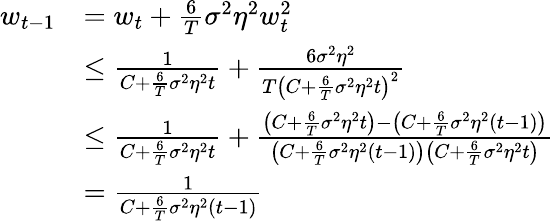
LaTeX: \begin{array}{rl}{w_{t-1}}&{=w_{t}+\frac{6}{T}\sigma^{2}\eta^{2}w_{t}^{2}}\\ &{\leq\frac{1}{C+\frac{6}{T}\sigma^{2}\eta^{2}t}+\frac{6\sigma^{2}\eta^{2}}{T\left(C+\frac{6}{T}\sigma^{2}\eta^{2}t\right)^{2}}}\\ &{\leq\frac{1}{C+\frac{6}{T}\sigma^{2}\eta^{2}t}+\frac{\left(C+\frac{6}{T}\sigma^{2}\eta^{2}t\right)-\left(C+\frac{6}{T}\sigma^{2}\eta^{2}(t-1)\right)}{\left(C+\frac{6}{T}\sigma^{2}\eta^{2}\left(t-1\right)\right)\left(C+\frac{6}{T}\sigma^{2}\eta^{2}t\right)}}\\ &{=\frac{1}{C+\frac{6}{T}\sigma^{2}\eta^{2}\left(t-1\right)}}\end{array}